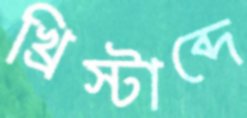
খ্রিস্টাব্দে